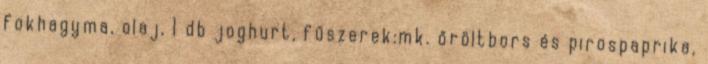
fokhagyma, olaj, 1 db joghurt, fűszerek:mk. őröltbors és pirospaprika,